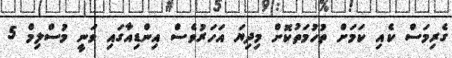
ގެރިމަސް ކެއި ކަމަށް ތުހުމަތުކޮށް މިދިޔަ އަހަރުވެސް އިންޑިއާގައި ވަނީ މުސްލިމް 5